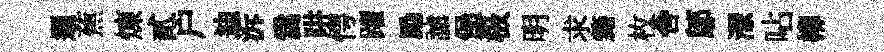
邇蕉煉貳户迪泝爲阱愕躍勵謔堡极明求籍枚舎鄔潈呫柳